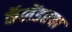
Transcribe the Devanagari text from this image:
कॅलेंडरचा